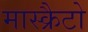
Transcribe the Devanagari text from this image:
मास्क्रैटो